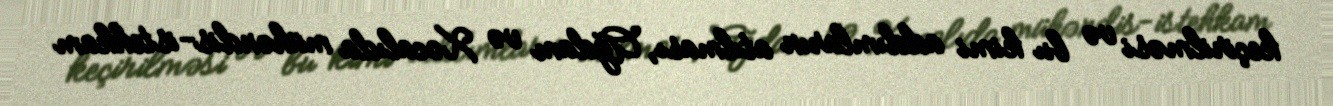
keçirilməsi və bu kimi addımların atılması, Ağdam və Xocalıda mühəndis-istehkam